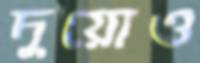
দুয়োও